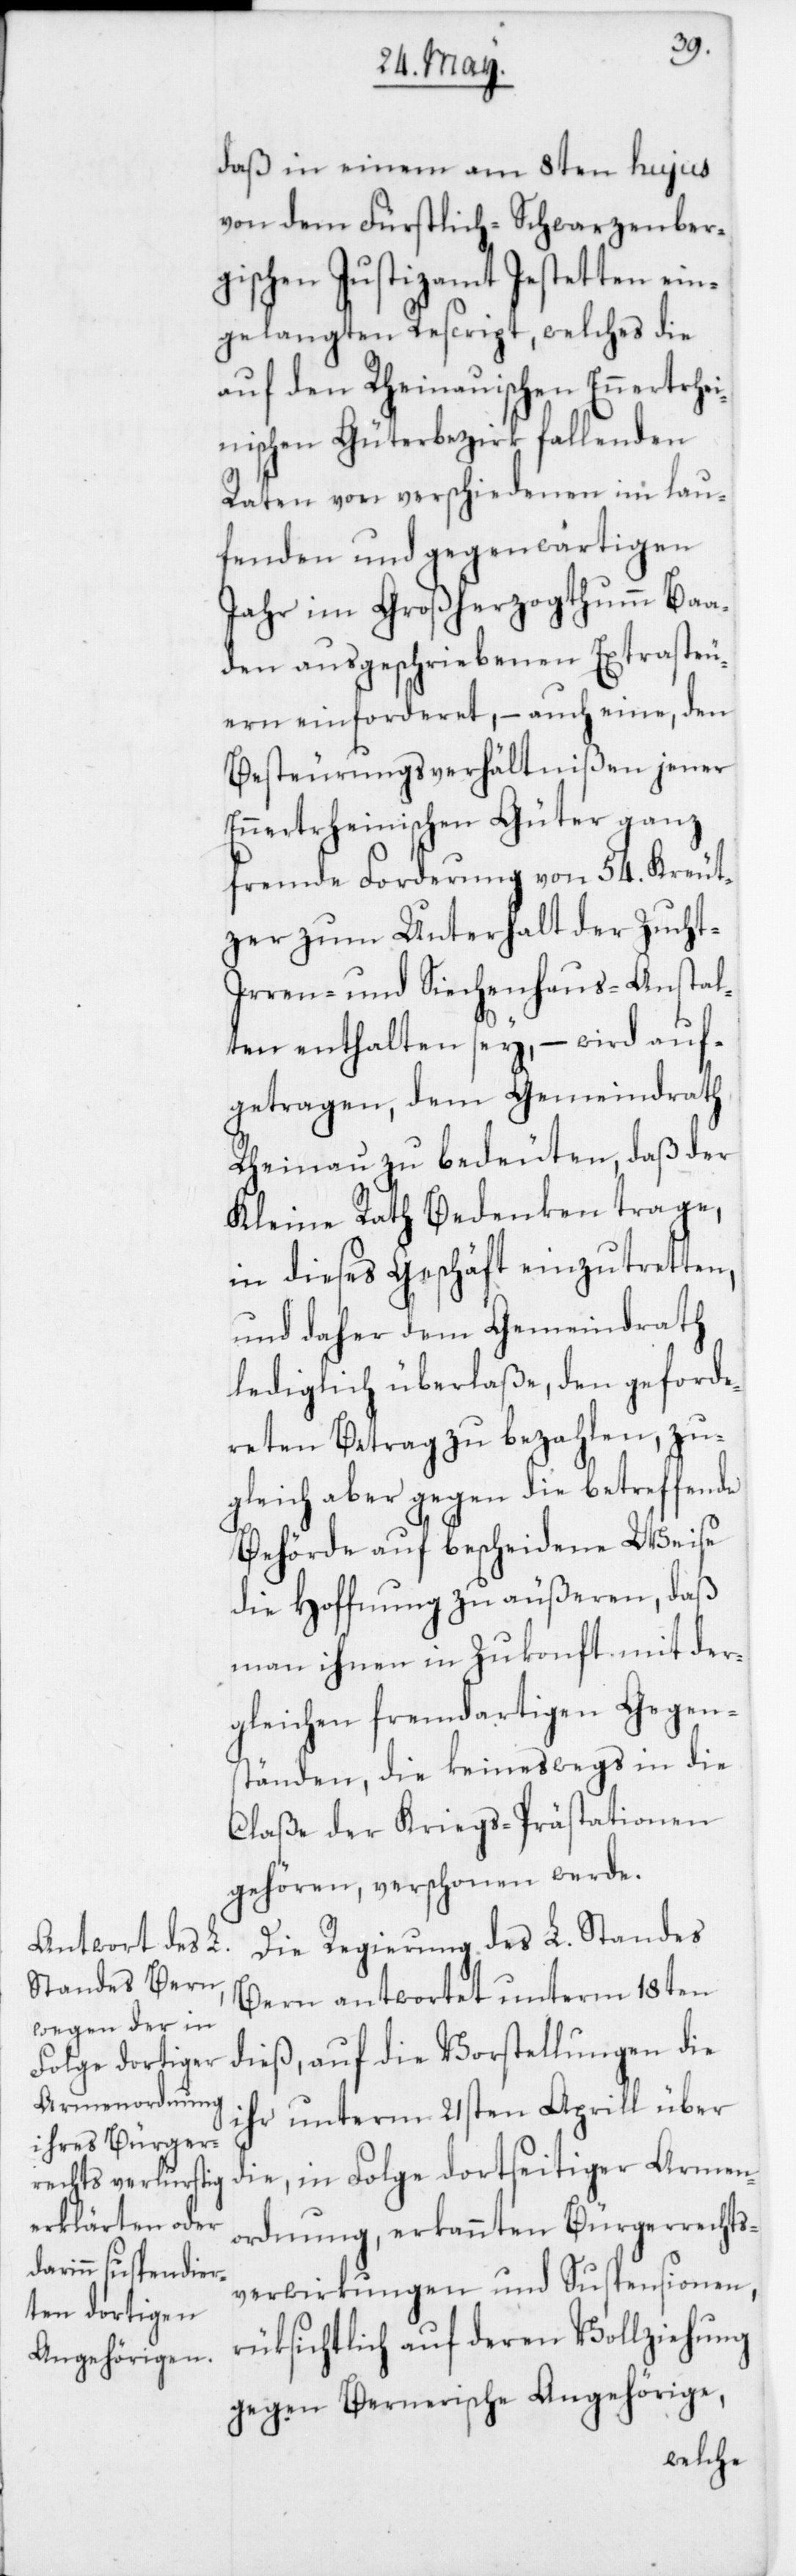
daß in einem am 8ten hujus
von dem Fürstlich-Schwarzenber¬
gischen Justizamt Jestetten ein¬
gelangten Rescript, welches die
auf den Rheinauischen Ennertrhei¬
nischen Güterbezirk fallenden
Raten von verschiedenen im lau¬
fenden und gegenwärtigen
Jahr im Großherzogthumm Baa¬
den ausgeschriebenen Extrasteu¬
ern einforderet, – auch eine, den
Besteurungsverhältnißen jener
Ennertrheinischen Güter ganz
fremde Forderung von 54 Kreut¬
zer zum Unterhalt der Zucht-,
Irren- und Siechenhaus-Anstal¬
ten enthalten sey, – wird auf¬
getragen, dem Gemeindrath
Rheinau zu bedeuten, daß der
Kleine Rath Bedenken trage,
in dieses Geschäft einzutretten,
und daher dem Gemeindrath
lediglich überlaße, den geforde¬
reten Betrag zu bezahlen, zu¬
gleich aber gegen die betreffende
Behörde auf bescheidene Weise
die Hoffnung zu äußeren, daß
man ihnen in Zukonft mit der¬
gleichen fremdartigen Gegen¬
ständen, die keineswegs in die
Claße der Kriegs-Prästationen
gehören, verschonen werde.
Die Regierung des L. Standes
Bern antwortet unterm 18ten
dieß, auf die Vorstellungen die
ihr unterm 21sten Aprill über
die, in Folge dortseitiger Armen¬
ordnung erkannten Bürgerrechts¬
verwirkungen und Suspensionen,
rüksichtlich auf deren Vollziehung
gegen Bernerische Angehörige,